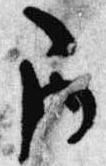
巻